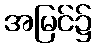
အမြင်၌